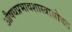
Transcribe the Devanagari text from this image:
औषधप्रभावशास्त्रासोबत